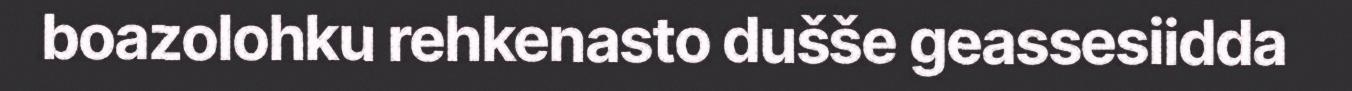
boazolohku rehkenasto dušše geassesiidda